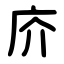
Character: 庎